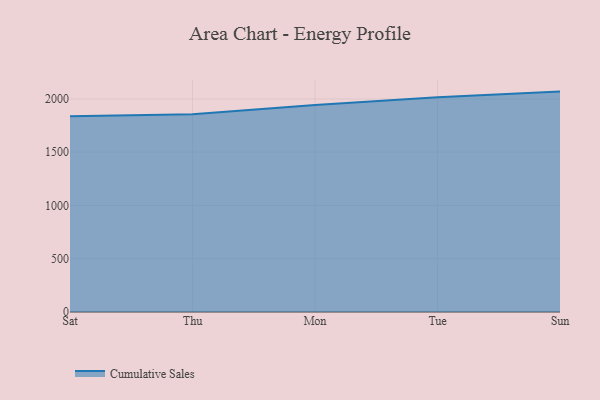
{"axis": {"x": "Day", "y": "Churn Rate (%)"}, "legend": ["Cumulative Sales"], "data": [{"x": "Sat", "y": 1838.6, "type": "Cumulative Sales"}, {"x": "Thu", "y": 1855.8, "type": "Cumulative Sales"}, {"x": "Mon", "y": 1942.8, "type": "Cumulative Sales"}, {"x": "Tue", "y": 2015.2, "type": "Cumulative Sales"}, {"x": "Sun", "y": 2069.3, "type": "Cumulative Sales"}]}